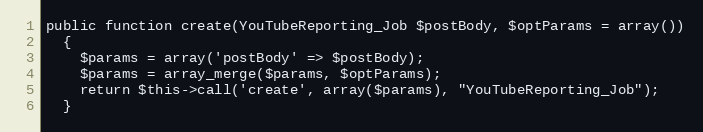
Language: PHP
public function create(YouTubeReporting_Job $postBody, $optParams = array())
  {
    $params = array('postBody' => $postBody);
    $params = array_merge($params, $optParams);
    return $this->call('create', array($params), "YouTubeReporting_Job");
  }